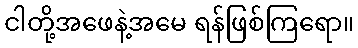
ငါတို့အဖေနဲ့အမေ ရန်ဖြစ်ကြရော။